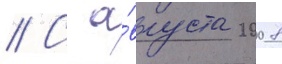
// С а́вгуста 2008